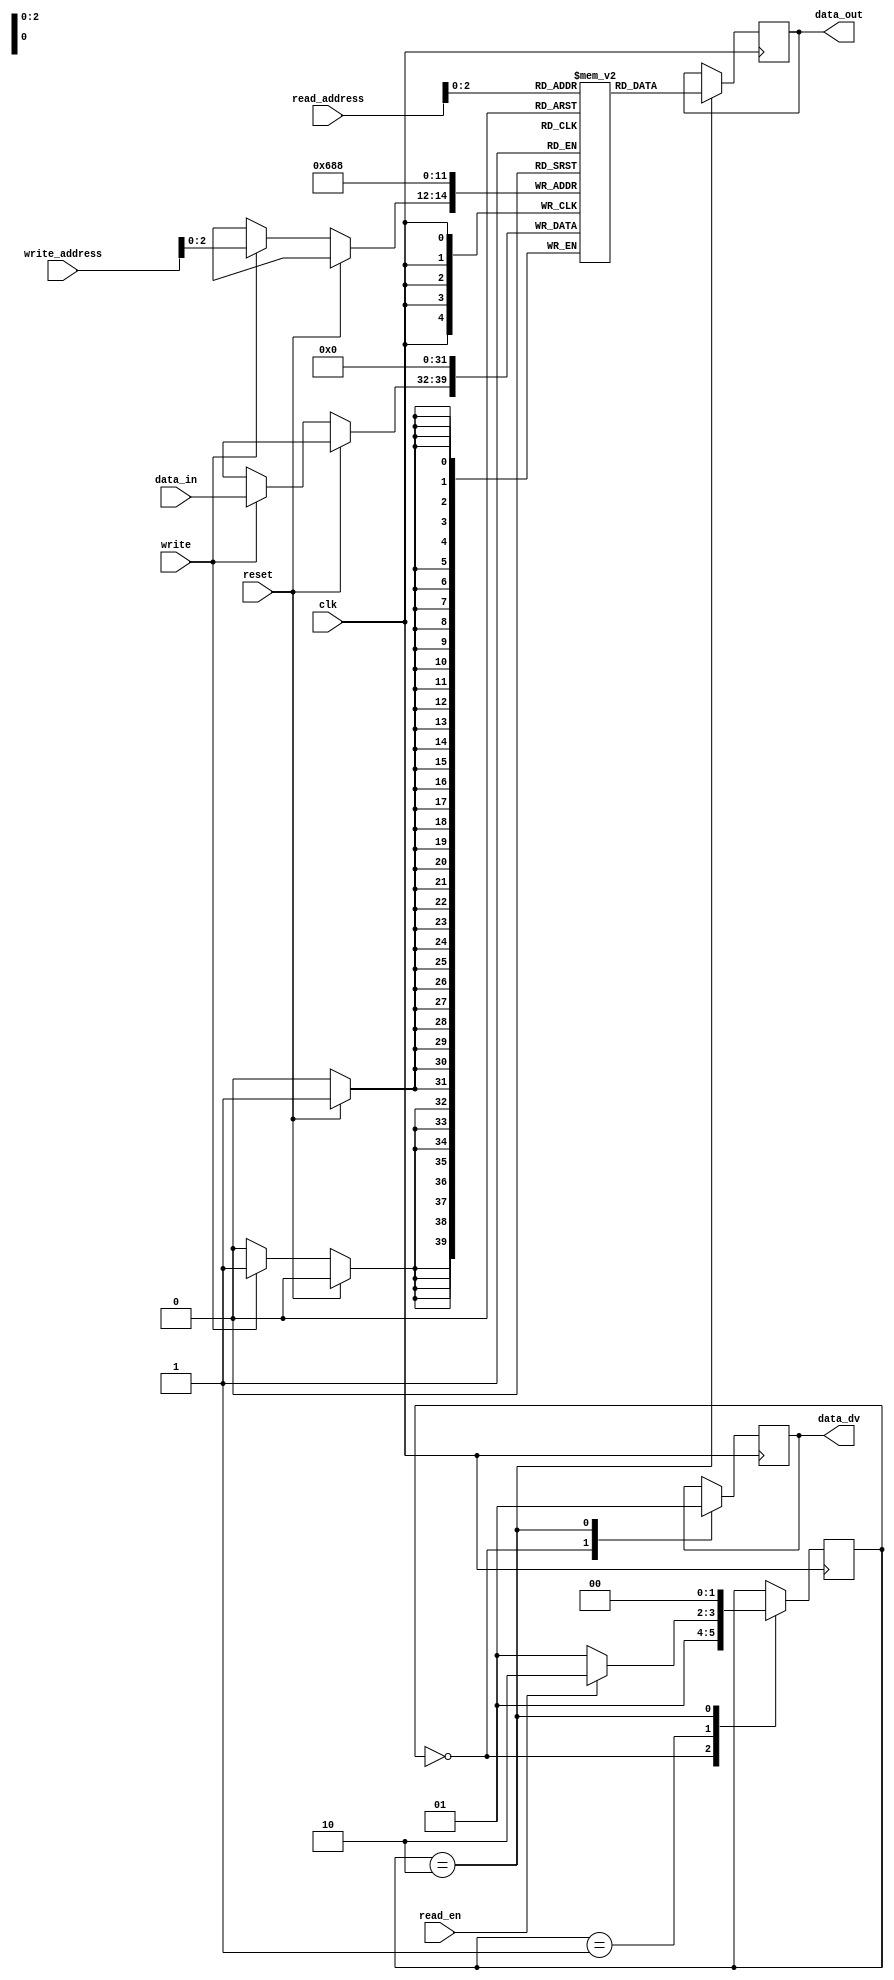
module one_wire_bram(
    // input from the cttrl pin
    input clk,
    input write,
    input [4:0] write_address,
    input [ FIFO_WIDTH-1:0] data_in,
    input reset,
  
    // input from the interface for data
    input [4:0] read_address,
    input read_en,
    output [7:0] data_out,
    output data_dv

);

    parameter FIFO_WIDTH = 8;
    
    reg data_transfer_flag = 1'b0;
    reg [FIFO_WIDTH-1:0] write_data_reg [0:7];
    reg [FIFO_WIDTH-1:0] r_data_out;
    reg r_data_dv;
    integer i;

    
    // State machine 
    
    reg [1:0] state = 2'b00;    // State register initialized to IDLE state

    // Define states using localparam
    localparam IDLE = 2'b00;
    localparam HOLD = 2'b01;
    localparam DATA_TRANSFER = 2'b10;
  
  
  
  
  /* write block in the bram*/
    always @(posedge clk) begin
         if (reset) begin
            for (i=0; i<=3;i=i+1) begin
                write_data_reg [i] = 0;
            end
        end else begin
            if (write) begin 
                write_data_reg[write_address] <= data_in;
            end 
        end
    end


  /* Read block in the bram*/
always @(posedge clk) begin
    case (state)
        IDLE:  begin
            r_data_dv <= 0;
            state <=HOLD;
        end
        HOLD:begin
            if (read_en) begin
                data_transfer_flag <=1;
                state <= DATA_TRANSFER;
            end
            else begin
                state <= HOLD;
            end
        end

        DATA_TRANSFER:  begin
            r_data_out <= write_data_reg[read_address];
            r_data_dv <= 1;
            state <= IDLE;
        end
    endcase
end

assign data_out = r_data_out;
assign data_dv = r_data_dv;

endmodule